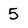
Character: 5